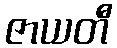
ဇာယတီ